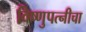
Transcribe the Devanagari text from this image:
विष्णुपत्नीचा